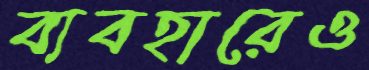
ব্যবহারেও